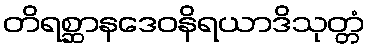
တိရစ္ဆာနဒေဝနိရယာဒိသုတ္တံ